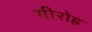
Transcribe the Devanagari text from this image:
गीरोह